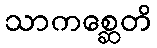
သာကစ္ဆေတိ